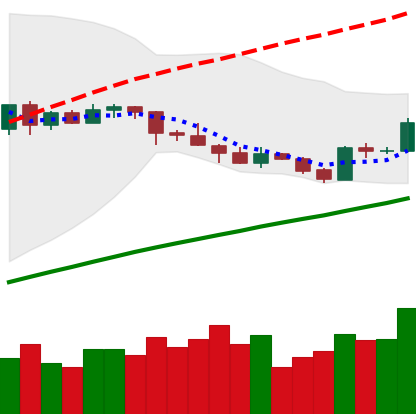
Ticker: LTC-USD
Chart end date: 2019-05-03
Forward return: -5.933%
Label: down_5_7